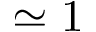
\simeq 1